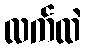
လက်ထဲ